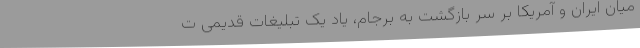
میان ایران و آمریکا بر سر بازگشت به برجام، یاد یک تبلیغات قدیمی ت